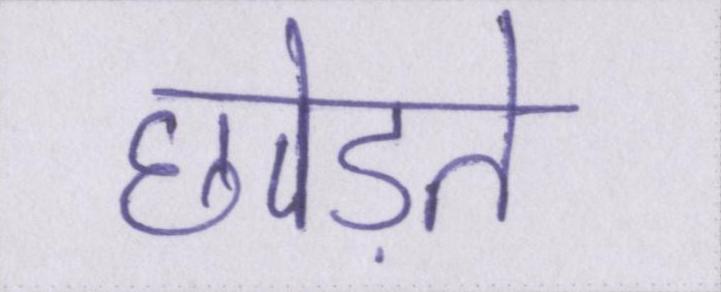
छोड़ते